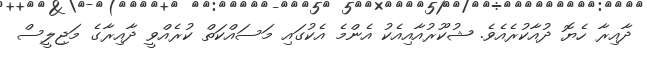
ދާއިރާ ހެޔޮ ދުއާކުރެއެވެ. ޝުކޫރުއާއިއެކު އެންމެ އެކުގައި މަސައްކަތް ކުރެއްވީ ދާއިރާގެ މަޖިލީސް